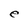
Character: e